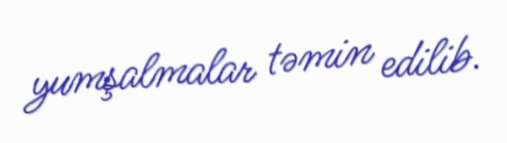
yumşalmalar təmin edilib.